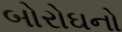
બોરોઘનો